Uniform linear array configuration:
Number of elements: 16
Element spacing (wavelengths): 1
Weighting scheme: kaiser
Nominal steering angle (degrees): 0
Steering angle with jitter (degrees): -1.315
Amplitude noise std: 0.05
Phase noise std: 0.05

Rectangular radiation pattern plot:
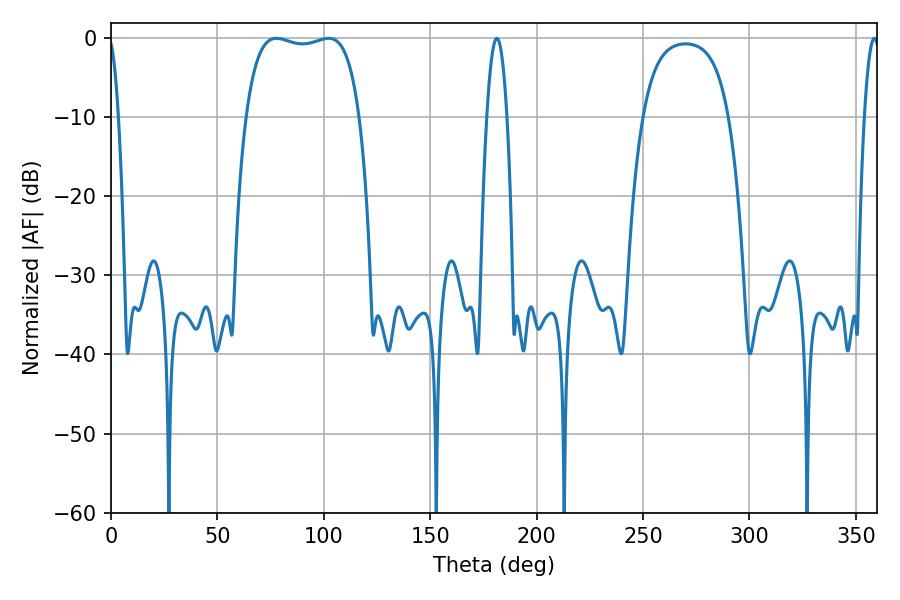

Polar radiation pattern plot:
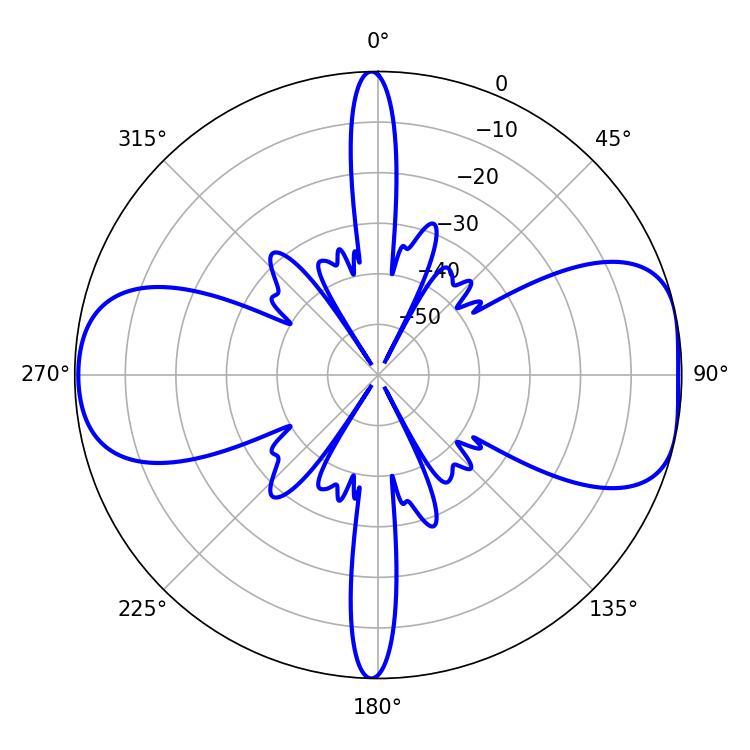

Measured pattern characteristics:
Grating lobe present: TRUE
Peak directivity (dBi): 8.355
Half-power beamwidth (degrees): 42.84
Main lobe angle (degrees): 77.76